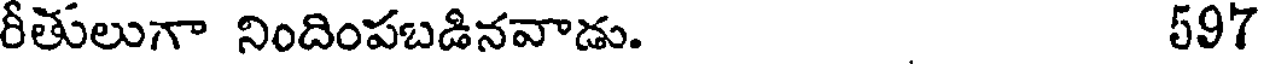
రీతులుగా నిందింపబడినవాడు. 597